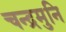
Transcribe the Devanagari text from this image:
चन्द्रमुनि